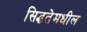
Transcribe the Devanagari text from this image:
सिद्धतेमधील